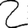
Digit: 2